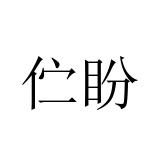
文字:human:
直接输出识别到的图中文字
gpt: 伫盼